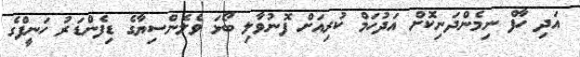
އަދި ހާފް ނިމެންދަނިކޮށް އަދުހަމް ކުރިއަށް ފޮނުވާލި ބޯޅަ ވެލެންސިޔާގެ ޑިފެންޑަރު ހަނީފްގެ